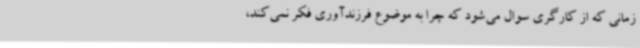
زمانی که از کارگری سوال می‌شود که چرا به موضوع فرزندآوری فکر نمی‌کند،